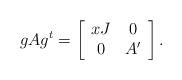
LaTeX: \begin{align*}gA g^t =\left[\begin{array}{cc} xJ & 0 \\ 0 & A' \end{array}\right]. \end{align*}